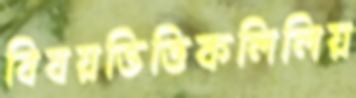
বিষয়ভিত্তিকলিলিয়